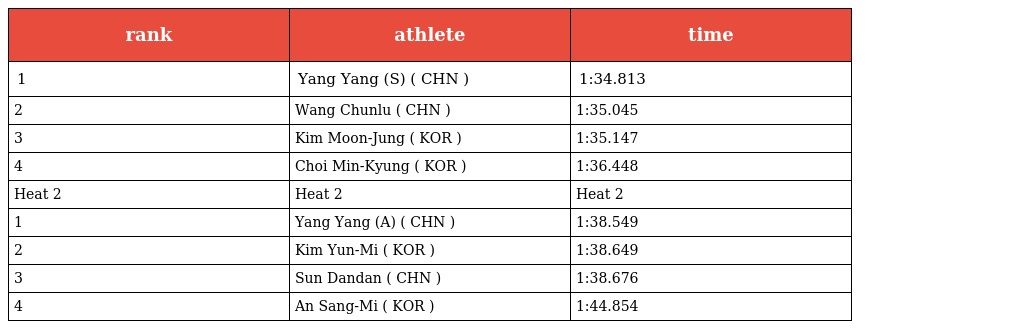
| rank | athlete | time |
 | --- | --- | --- |
 | 1 | Yang Yang (S) ( CHN ) | 1:34.813 |
 | 2 | Wang Chunlu ( CHN ) | 1:35.045 |
 | 3 | Kim Moon-Jung ( KOR ) | 1:35.147 |
 | 4 | Choi Min-Kyung ( KOR ) | 1:36.448 |
 | Heat 2 | Heat 2 | Heat 2 |
 | 1 | Yang Yang (A) ( CHN ) | 1:38.549 |
 | 2 | Kim Yun-Mi ( KOR ) | 1:38.649 |
 | 3 | Sun Dandan ( CHN ) | 1:38.676 |
 | 4 | An Sang-Mi ( KOR ) | 1:44.854 |